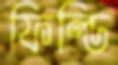
ফিল্ডি